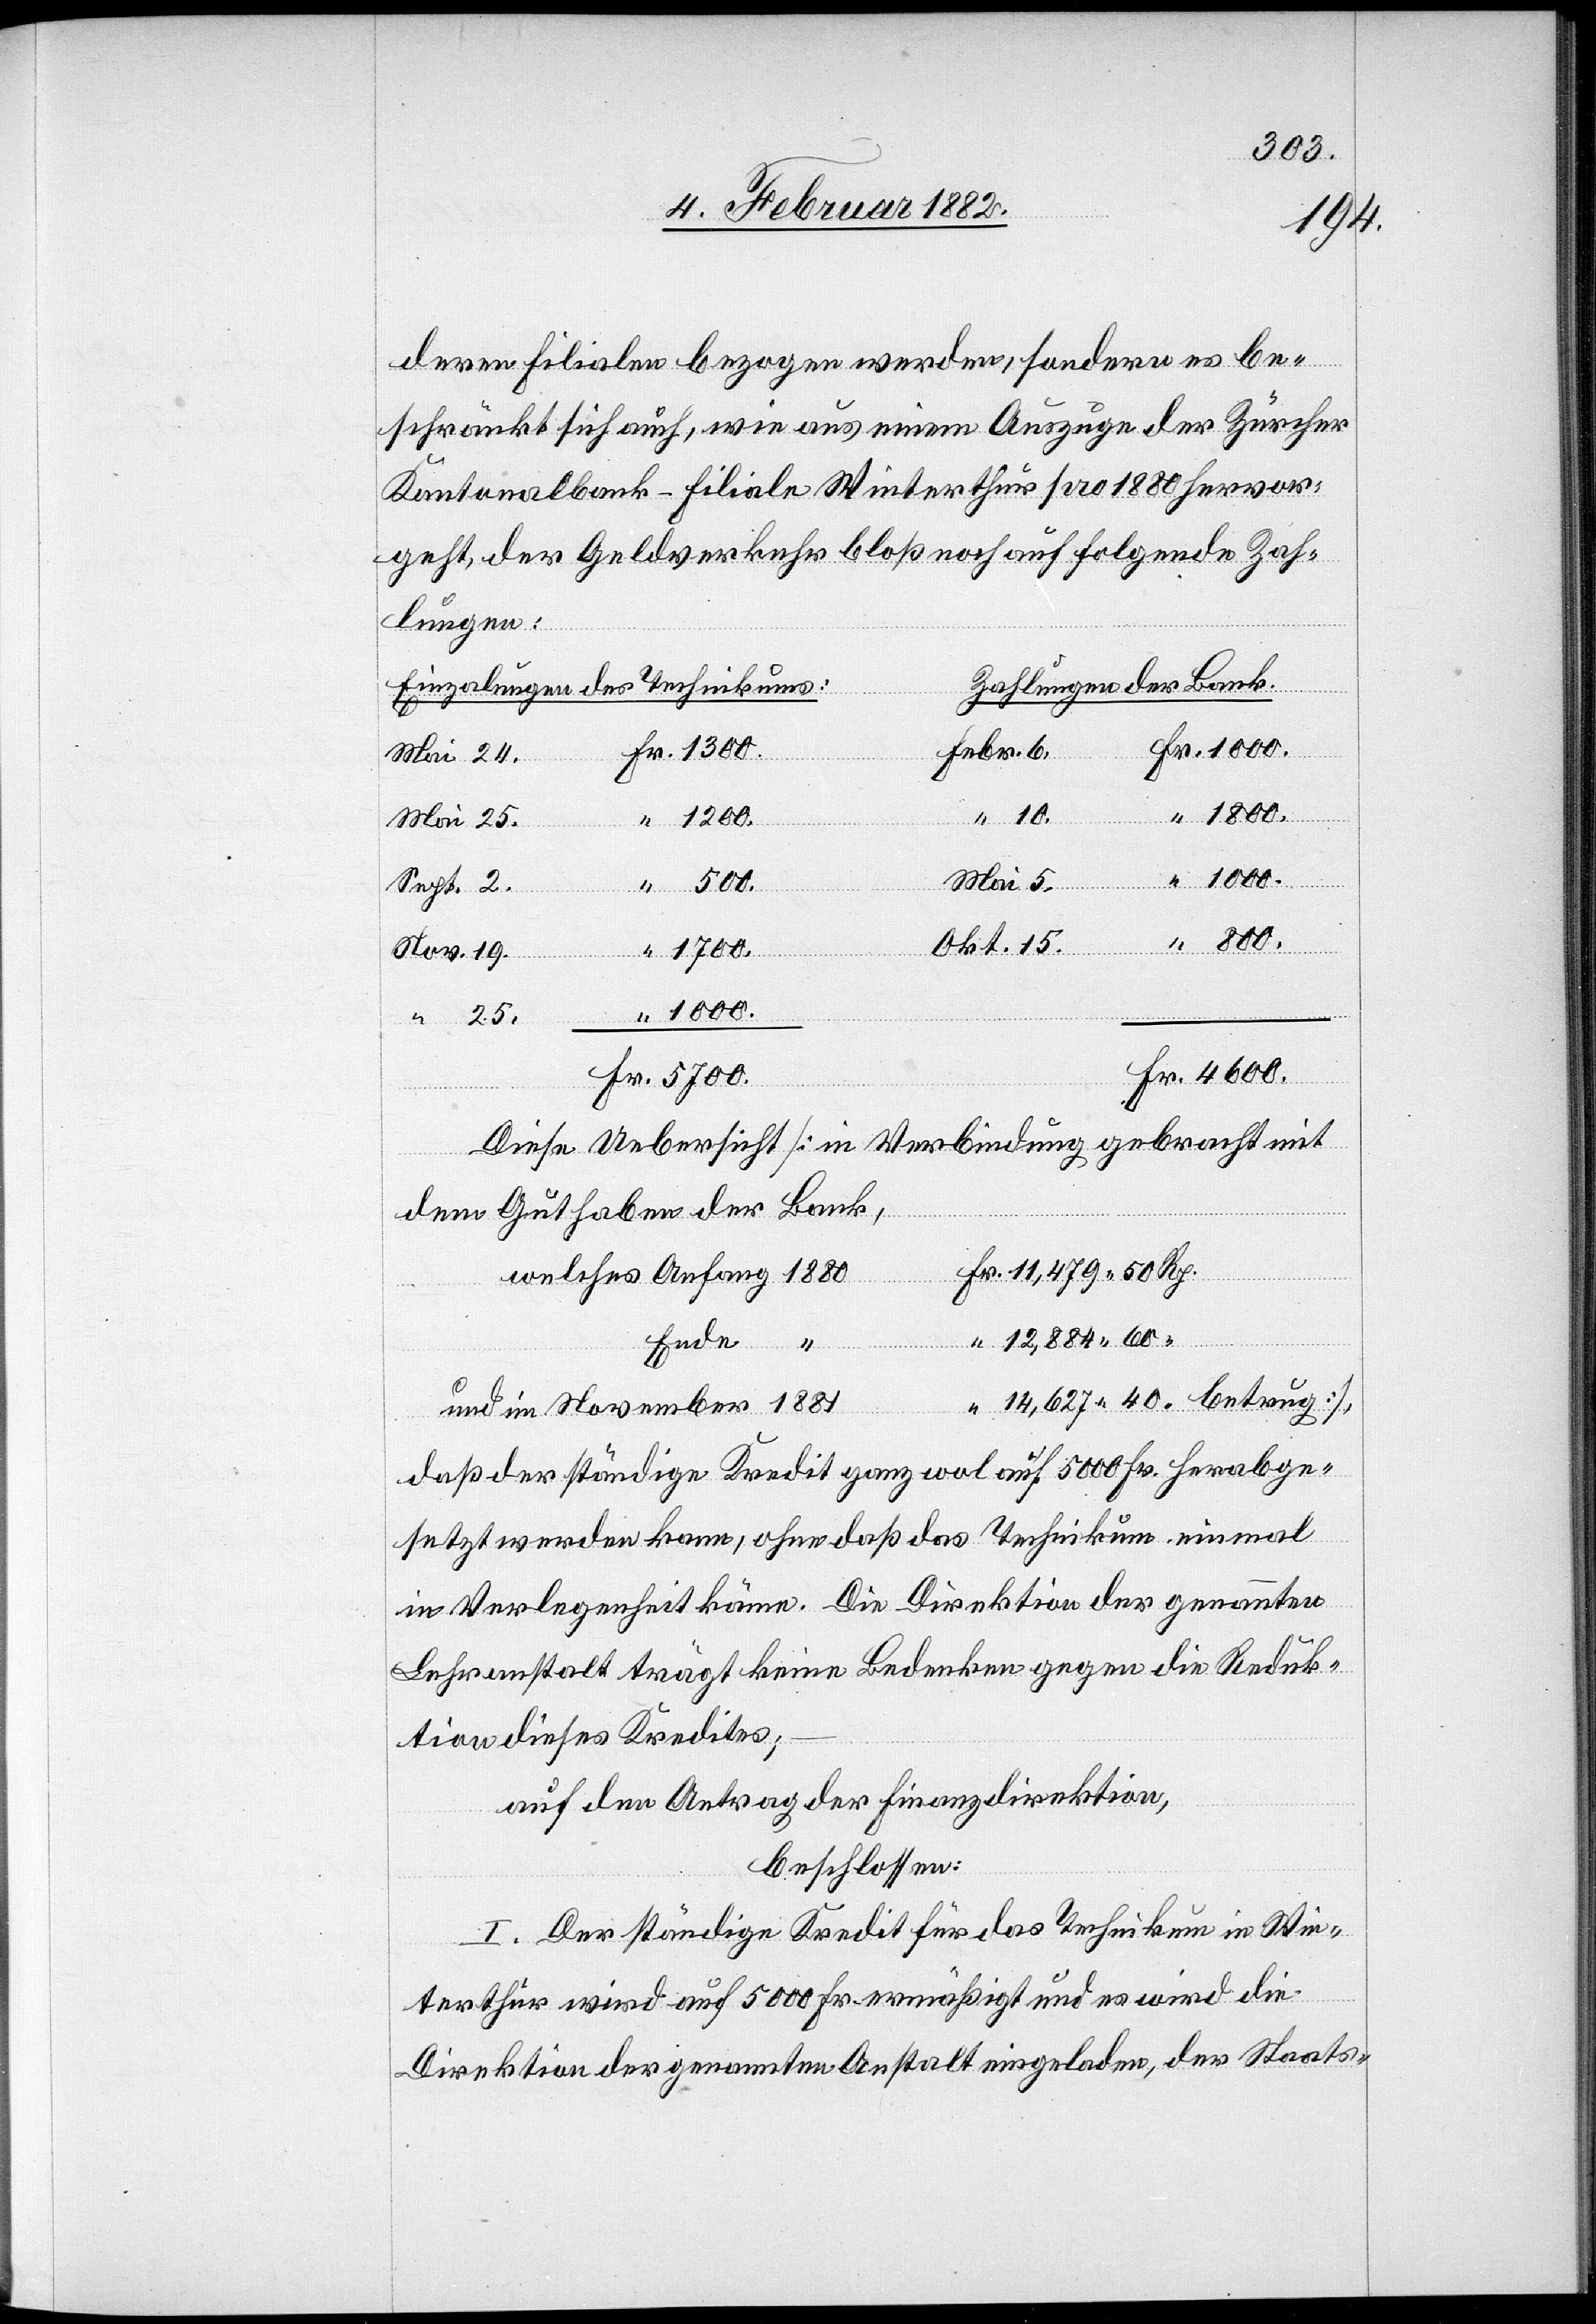
“
deren Filialen bezogen werden, sondern es be¬
schränkt sich auch wie aus einem Auszuge der Zürcher
Kantonalbank-Filiale Winterthur pro 1880 hervor¬
geht, der Geldverkehr bloß noch auf folgende Zah¬
lungen:
Zahlungen der Bank
Einzahlungen des Technikums
Fr. 1000.
Fr. 1300.
Febr. 6.
Mai 24.
“ 1800.
“ 10.
“ 1200.
Ende
Mai 25.
Okt.
“ 500.
“ 800.
“ 1700.
Nov. 19.
25.
“ 1000.
Fr. 4600.
Fr. 5700.
Diese Uebersicht [in Verbindung gebracht mit
dem Guthaben der Bank,
r.	11,479 50 Rp.
welches Anfang 	1880	F¬
“	12,884 60
“	14,627 40 “ betrug]
und im November 	1881
daß der ständige Kredit ganz wol auf 5000 Fr. herabge¬
setzt werden kann, ohne daß das Technikum einmal
in Verlegenheit käme. Die Direktion der genannten
Lehranstalt trägt keine Bedenken gegen die Reduk¬
tion dieses Kredites;–
auf den Antrag der Finanzdirektion,
beschlossen:
I. Der ständige Kredit für das Technikum in Win¬
terthur wird auf 5000 Fr. ermäßigt und es wird die
Direktion der genannten Anstalt eingeladen, der Staats-